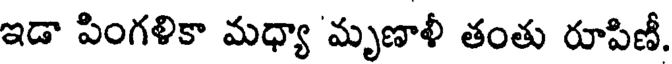
ఇడా పింగళికా మధ్యా 'మృణాళీ తంతు రూపిణీ.